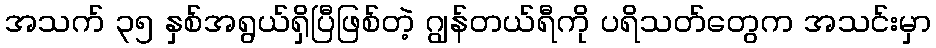
အသက် ၃၅ နှစ်အရွယ်ရှိပြီဖြစ်တဲ့ ဂျွန်တယ်ရီကို ပရိသတ်တွေက အသင်းမှာ